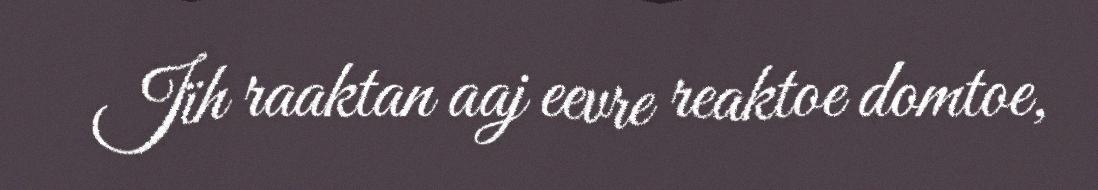
Jïh raaktan aaj eevre reaktoe domtoe,